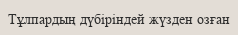
Тұлпардың дүбіріндей жүзден озған